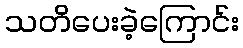
သတိပေးခဲ့ကြောင်း